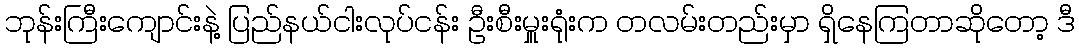
ဘုန်းကြီးကျောင်းနဲ့ ပြည်နယ်ငါးလုပ်ငန်း ဦးစီးမှူးရုံးက တလမ်းတည်းမှာ ရှိနေကြတာဆိုတော့ ဒီ